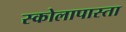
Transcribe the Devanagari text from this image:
स्कोलापास्ता